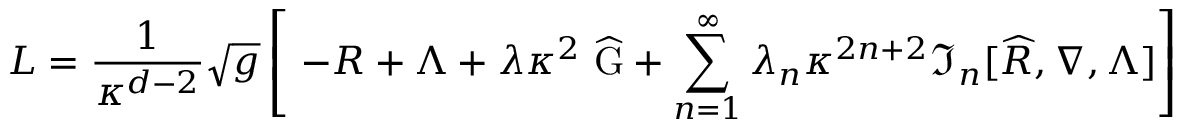
{ \cal L } = \frac { 1 } { \kappa ^ { d - 2 } } \sqrt { g } \left[ \ - R + \Lambda + \lambda \kappa ^ { 2 } ~ \widehat { \mathrm { G } } + \sum _ { n = 1 } ^ { \infty } \lambda _ { n } \kappa ^ { 2 n + 2 } \Im _ { n } [ \widehat { R } , \nabla , \Lambda ] \right]